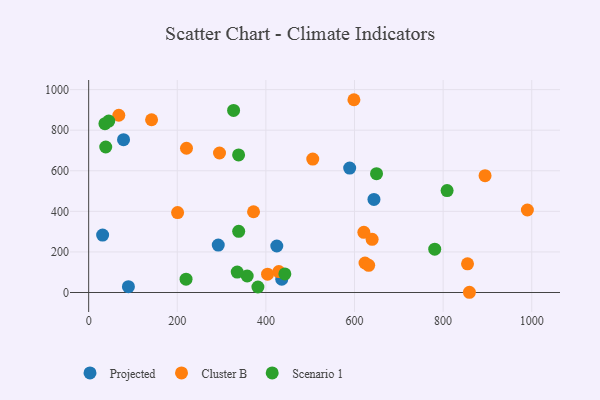
{"axis": {"x": "Price", "y": "Yield"}, "legend": ["Cluster B", "Projected", "Scenario 1"], "data": [{"x": "31.5", "y": 282.8, "type": "Projected"}, {"x": "589.1", "y": 613.4, "type": "Projected"}, {"x": "78.7", "y": 753.5, "type": "Projected"}, {"x": "424.6", "y": 229.1, "type": "Projected"}, {"x": "435.8", "y": 65.6, "type": "Projected"}, {"x": "292.5", "y": 233.6, "type": "Projected"}, {"x": "643.9", "y": 459.0, "type": "Projected"}, {"x": "89.7", "y": 28.6, "type": "Projected"}, {"x": "505.8", "y": 657.8, "type": "Cluster B"}, {"x": "894.7", "y": 576.0, "type": "Cluster B"}, {"x": "403.8", "y": 90.3, "type": "Cluster B"}, {"x": "429.2", "y": 102.9, "type": "Cluster B"}, {"x": "855.1", "y": 141.4, "type": "Cluster B"}, {"x": "623.7", "y": 145.3, "type": "Cluster B"}, {"x": "990.2", "y": 406.7, "type": "Cluster B"}, {"x": "372.1", "y": 398.0, "type": "Cluster B"}, {"x": "639.8", "y": 262.3, "type": "Cluster B"}, {"x": "598.7", "y": 950.2, "type": "Cluster B"}, {"x": "295.3", "y": 687.6, "type": "Cluster B"}, {"x": "200.7", "y": 394.0, "type": "Cluster B"}, {"x": "859.4", "y": 1.1, "type": "Cluster B"}, {"x": "142.0", "y": 851.6, "type": "Cluster B"}, {"x": "220.8", "y": 711.0, "type": "Cluster B"}, {"x": "632.0", "y": 133.8, "type": "Cluster B"}, {"x": "68.0", "y": 873.7, "type": "Cluster B"}, {"x": "621.1", "y": 296.5, "type": "Cluster B"}, {"x": "357.8", "y": 81.3, "type": "Scenario 1"}, {"x": "338.4", "y": 678.2, "type": "Scenario 1"}, {"x": "809.0", "y": 502.5, "type": "Scenario 1"}, {"x": "327.1", "y": 897.3, "type": "Scenario 1"}, {"x": "38.5", "y": 717.2, "type": "Scenario 1"}, {"x": "45.3", "y": 845.0, "type": "Scenario 1"}, {"x": "335.3", "y": 100.9, "type": "Scenario 1"}, {"x": "649.7", "y": 585.8, "type": "Scenario 1"}, {"x": "382.0", "y": 27.0, "type": "Scenario 1"}, {"x": "781.1", "y": 213.7, "type": "Scenario 1"}, {"x": "442.8", "y": 91.5, "type": "Scenario 1"}, {"x": "338.6", "y": 301.5, "type": "Scenario 1"}, {"x": "36.7", "y": 832.0, "type": "Scenario 1"}, {"x": "219.8", "y": 65.5, "type": "Scenario 1"}]}